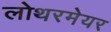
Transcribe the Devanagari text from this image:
लोथरमेयर